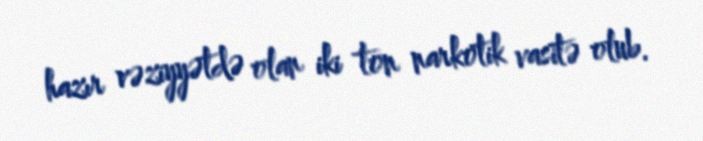
hazır vəziyyətdə olan iki ton narkotik vasitə olub.